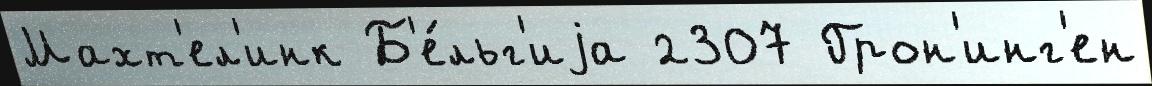
Махт'ел'инк Б'е́льг'иjа 2307 Грон'инг'ен